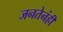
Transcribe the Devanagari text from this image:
जनतेनंही